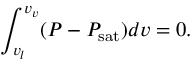
\int _ { v _ { l } } ^ { v _ { v } } ( P - P _ { \mathrm { s a t } } ) d v = 0 .